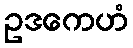
ဥဒကေဟံ